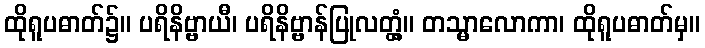
ထိုရူပဓာတ်၌။ ပရိနိဗ္ဗာယီ၊ ပရိနိဗ္ဗာန်ပြုလတ္တံ့။ တသ္မာလောကာ၊ ထိုရူပဓာတ်မှ။